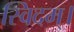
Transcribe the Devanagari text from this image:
स्विदम्।